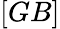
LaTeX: \left[GB\right]